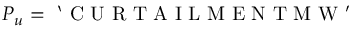
P _ { u } = \mathrm { ~ ` ~ C ~ U ~ R ~ T ~ A ~ I ~ L ~ M ~ E ~ N ~ T ~ M ~ W ~ ' ~ }